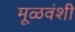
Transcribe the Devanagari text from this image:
मूळवंशी